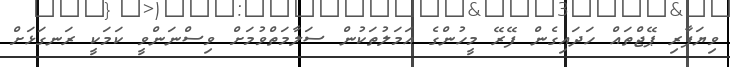
ވިޔަފާރި ޕޭޖްތައް ހަދައިގެން ފޭރޭ މީހުންގެ އަމަލުތަކުން ސަލާމަތްވުމަށް ވިސްނަންވީ ކަމަކީ ރަނގަޅަށް